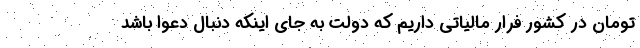
تومان در کشور فرار مالیاتی داریم که دولت به جای اینکه دنبال دعوا باشد